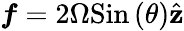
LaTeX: \boldsymbol{f}=2\Omega\textrm{Sin}\left(\theta\right)\hat{\mathbf{z}}